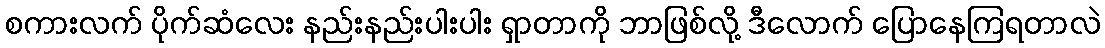
စကားလက် ပိုက်ဆံလေး နည်းနည်းပါးပါး ရှာတာကို ဘာဖြစ်လို့ ဒီလောက် ပြောနေကြရတာလဲ